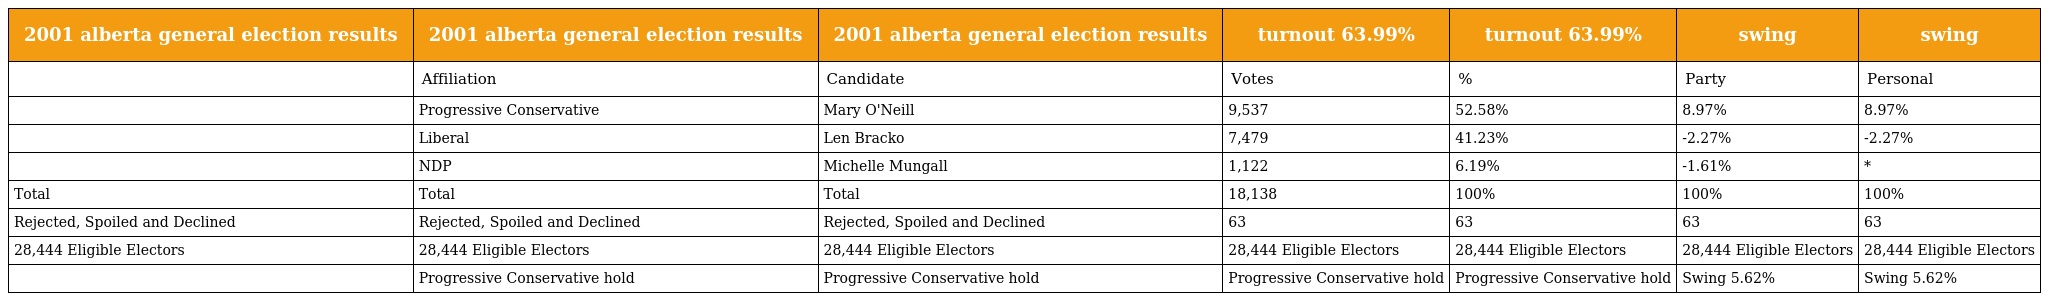
| 2001 alberta general election results | 2001 alberta general election results | 2001 alberta general election results | turnout 63.99% | turnout 63.99% | swing | swing |
 | --- | --- | --- | --- | --- | --- | --- |
 |  | Affiliation | Candidate | Votes | % | Party | Personal |
 |  | Progressive Conservative | Mary O'Neill | 9,537 | 52.58% | 8.97% | 8.97% |
 |  | Liberal | Len Bracko | 7,479 | 41.23% | -2.27% | -2.27% |
 |  | NDP | Michelle Mungall | 1,122 | 6.19% | -1.61% | * |
 | Total | Total | Total | 18,138 | 100% | 100% | 100% |
 | Rejected, Spoiled and Declined | Rejected, Spoiled and Declined | Rejected, Spoiled and Declined | 63 | 63 | 63 | 63 |
 | 28,444 Eligible Electors | 28,444 Eligible Electors | 28,444 Eligible Electors | 28,444 Eligible Electors | 28,444 Eligible Electors | 28,444 Eligible Electors | 28,444 Eligible Electors |
 |  | Progressive Conservative hold | Progressive Conservative hold | Progressive Conservative hold | Progressive Conservative hold | Swing 5.62% | Swing 5.62% |